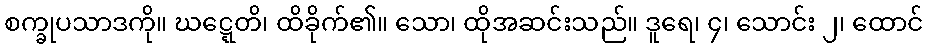
စက္ခုပသာဒကို။ ဃဋ္ဋေတိ၊ ထိခိုက်၏။ သော၊ ထိုအဆင်းသည်။ ဒူရေ၊ ၄၊ သောင်း ၂၊ ထောင်